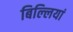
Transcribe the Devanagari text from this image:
बिल्‍लियां